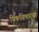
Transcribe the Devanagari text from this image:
पिकविणार्‍या